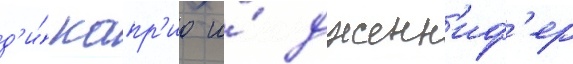
д'и́ капр'ио и́ дженн'иф'ер